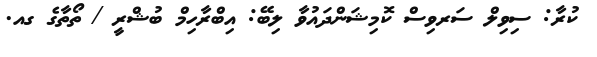
ކުރާ: ސިވިލް ސަރވިސް ކޮމިޝަންދައުވާ ލިބޭ: އިބްރާހިމް ބުޝްރީ / ތޯތާގެ ގއ.